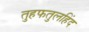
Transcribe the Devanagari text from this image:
तुहफतुलहिंद